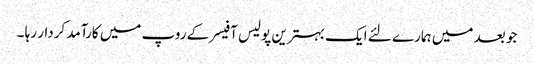
جو بعد میں ہمارے لئے ایک بہترین پولیس آفیسر کے روپ میں کارآمد کردار رہا ۔